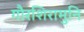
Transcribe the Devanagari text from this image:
गौरशिरामुनि